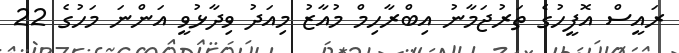
ރައީސް އޮފީހުގެ ތަރުޖަމާނު އިބްރާހިމް މުއާޒު މިއަދު ވިދާޅުވީ އަންނަ މަހުގެ 22